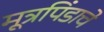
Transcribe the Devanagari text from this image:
मूत्रपिंडाचे